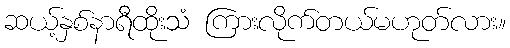
ဆယ့်နှစ်နာရီထိုးသံ ကြားလိုက်တယ်မဟုတ်လား။